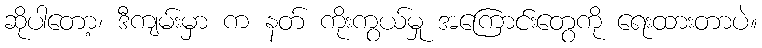
ဆိုပါတော့၊ ဒီကျမ်းမှာ က နတ် ကိုးကွယ်မှု အကြောင်းတွေကို ရေးထားတာပဲ။